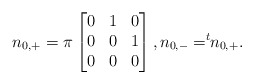
\begin{align*}n_{0,+}=\pi\begin{bmatrix} 0 &1 & 0\\ 0 & 0 &1\\ 0&0 &0\end{bmatrix}, n_{0,-}=^t\!\!n_{0,+}.\end{align*}